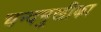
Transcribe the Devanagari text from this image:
चन्दमुखीका